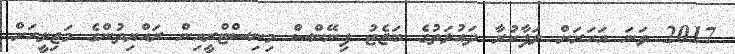
2017 ވަނަ އަހަރަށް ލަފާކުރާ ދައުލަތުގެ ބަޖެޓު ފިނޭންސް މިނިސްޓްރީއިން ރައްޔިތުންގެ މަޖިލީހަށް